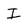
Character: I